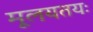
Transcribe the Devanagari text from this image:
मूलयतयः